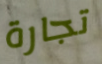
تجارة